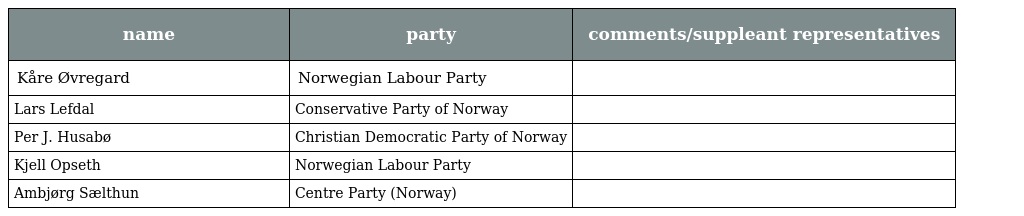
| name | party | comments/suppleant representatives |
 | --- | --- | --- |
 | Kåre Øvregard | Norwegian Labour Party |  |
 | Lars Lefdal | Conservative Party of Norway |  |
 | Per J. Husabø | Christian Democratic Party of Norway |  |
 | Kjell Opseth | Norwegian Labour Party |  |
 | Ambjørg Sælthun | Centre Party (Norway) |  |